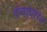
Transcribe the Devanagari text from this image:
पंचाधारेत